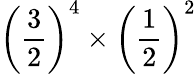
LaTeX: \left({\frac{3}{2}}\right)^{4}\times\left({\frac{1}{2}}\right)^{2}